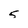
Character: 5